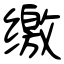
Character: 缴